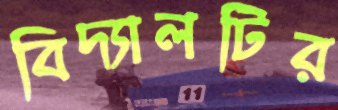
বিদ্যালটির